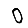
Digit: 0